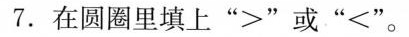
7. 在圆圈里填上 “>”或“<”。